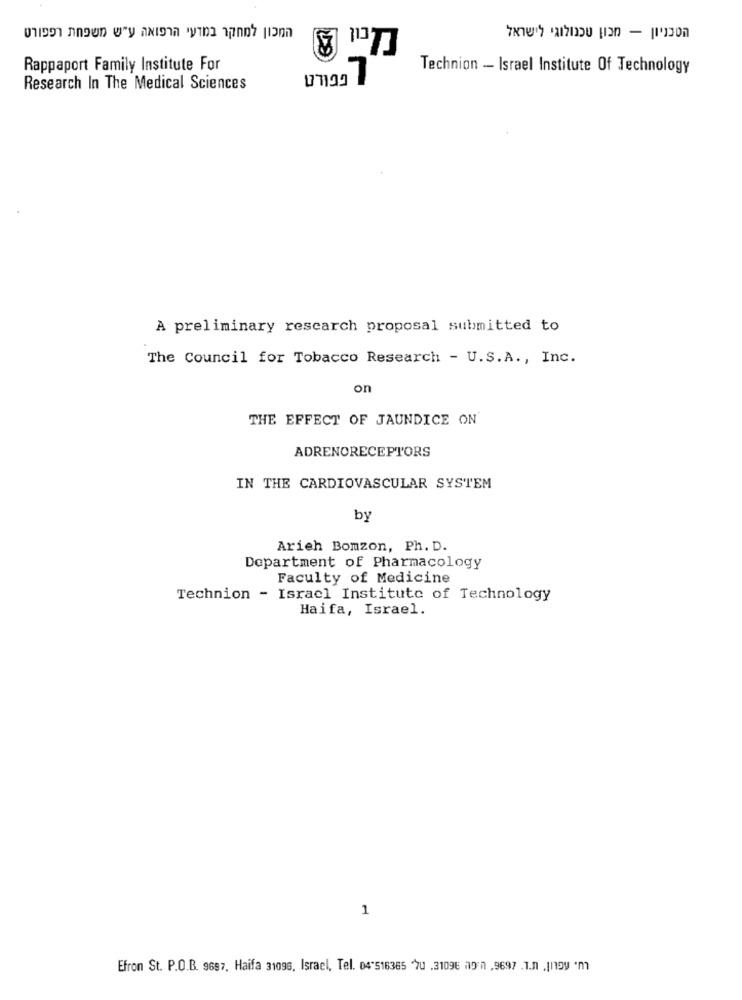
Rappaport Family Institute For
Technion - Israel Institute Of Technology
Research In The Medical Sciences
A preliminary research proposal submitted to
The Council for Tobacco Research - U.S.A ., Inc.
on
THE EFFECT OF JAUNDICE ON
ADRENORECEPTORS
IN THE CARDIOVASCULAR SYSTEM
by
Arieh Bomzon, Ph. D.
Department of Pharmacology
Faculty of Medicine
Technion - Israel Institute of Technology
Haifa, Israel.
1
Efron St. P.O.B. 9697. Haifa 31096, Israel, Tel. 04"516365 "70 .3109E 119 7 , 9697 . 1.n .I199 'm